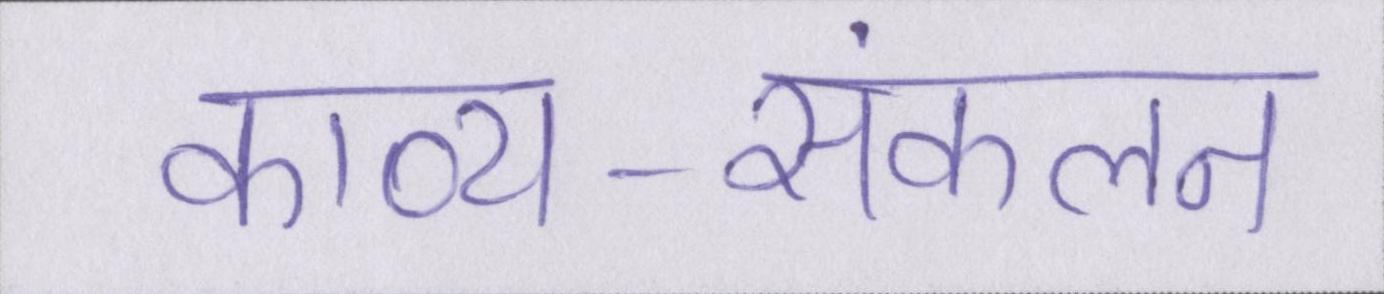
काव्य-संकलन